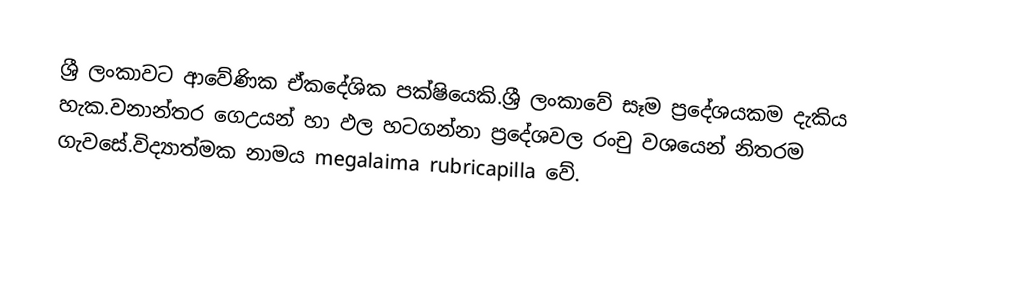
ශ්‍රී ලංකාවට ආවේණික ඒකදේශික පක්ෂියෙකි.ශ්‍රී ලංකාවේ සෑම ප්‍රදේශයකම දැකිය හැක.වනාන්තර ගෙඋයන් හා ඵල හටගන්නා ප්‍රදේශවල රංචු වශයෙන් නිතරම ගැවසේ.විද්‍යාත්මක නාමය megalaima rubricapilla වේ.